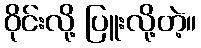
ဝိုင်းလို့ ပြူးလို့တဲ့။